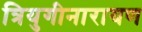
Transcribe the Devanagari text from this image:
त्रियुगीनारायण